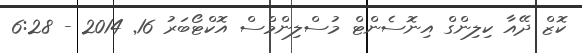
ކޮޒް ދޭއާ ކިލިންގް އިނޮސެންޓް މުސްލިންމްސް އޮކްޓޯބަރު 16